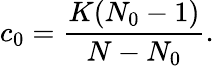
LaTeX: c_{0}=\frac{K(N_{0}-1)}{N-N_{0}}.